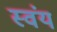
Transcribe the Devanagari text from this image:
स्‍वंय